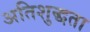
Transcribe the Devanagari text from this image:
अतिशुद्धता